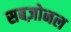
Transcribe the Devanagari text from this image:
सबज़ोनल